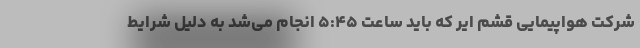
شرکت هواپیمایی قشم ایر که باید ساعت ۵:۴۵ انجام می‌شد به‌ دلیل شرایط